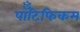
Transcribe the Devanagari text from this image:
पॉँटिफिकम